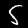
Digit: 5